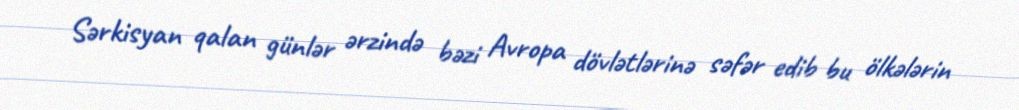
Sərkisyan qalan günlər ərzində bəzi Avropa dövlətlərinə səfər edib bu ölkələrin